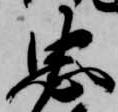
忠